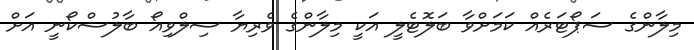
މިލާންގެ ސަޕޯޓަރެއް ކަމަށްވާ ބަލޮޓެލީ އަކީ މިލާންގެ ވެރިޔާ ސިލްވިއޯ ބާލުސްކޯނީ އަށް